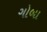
ગોબા